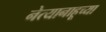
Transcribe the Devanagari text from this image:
नेत्यानाहूच्या